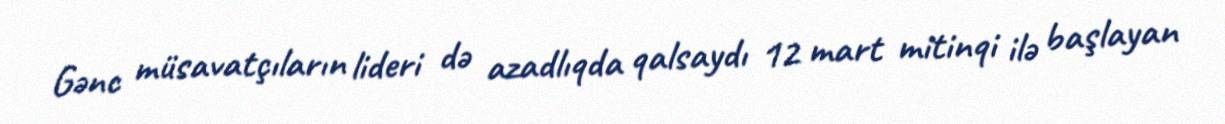
Gənc müsavatçıların lideri də azadlıqda qalsaydı 12 mart mitinqi ilə başlayan